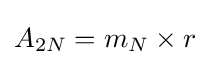
A_{2N}=m_{N}\times r